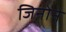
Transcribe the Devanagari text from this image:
जिनोने